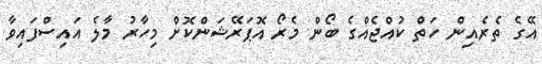
އޭގެ ތެރެއިން ހަތް ކުއްޖެއްގެ ބޯން މެރޯ އޮޕަރޭޝަންކޮށް މިހާރު މާލެ އައިސްފައިވާ